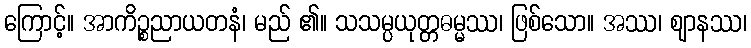
ကြောင့်။ အာကိဉ္စညာယတနံ၊ မည် ၏။ သသမ္ပယုတ္တဓမ္မဿ၊ ဖြစ်သော။ အဿ၊ ဈာနဿ၊